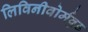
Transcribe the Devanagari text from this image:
लिविनीवोर्मवुड